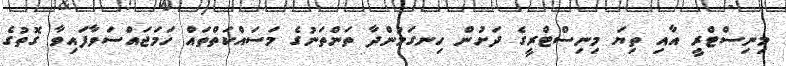
މިނިސްޓްރީ އާއި ތިޔަ މިނިސްޓްރީގެ ދަށުން ހިނގަމުންދާ ތަންތަނުގެ މަސައްކަތްތައް ހަމަޖައްސަވާފައިވާ ގޮތުގެ